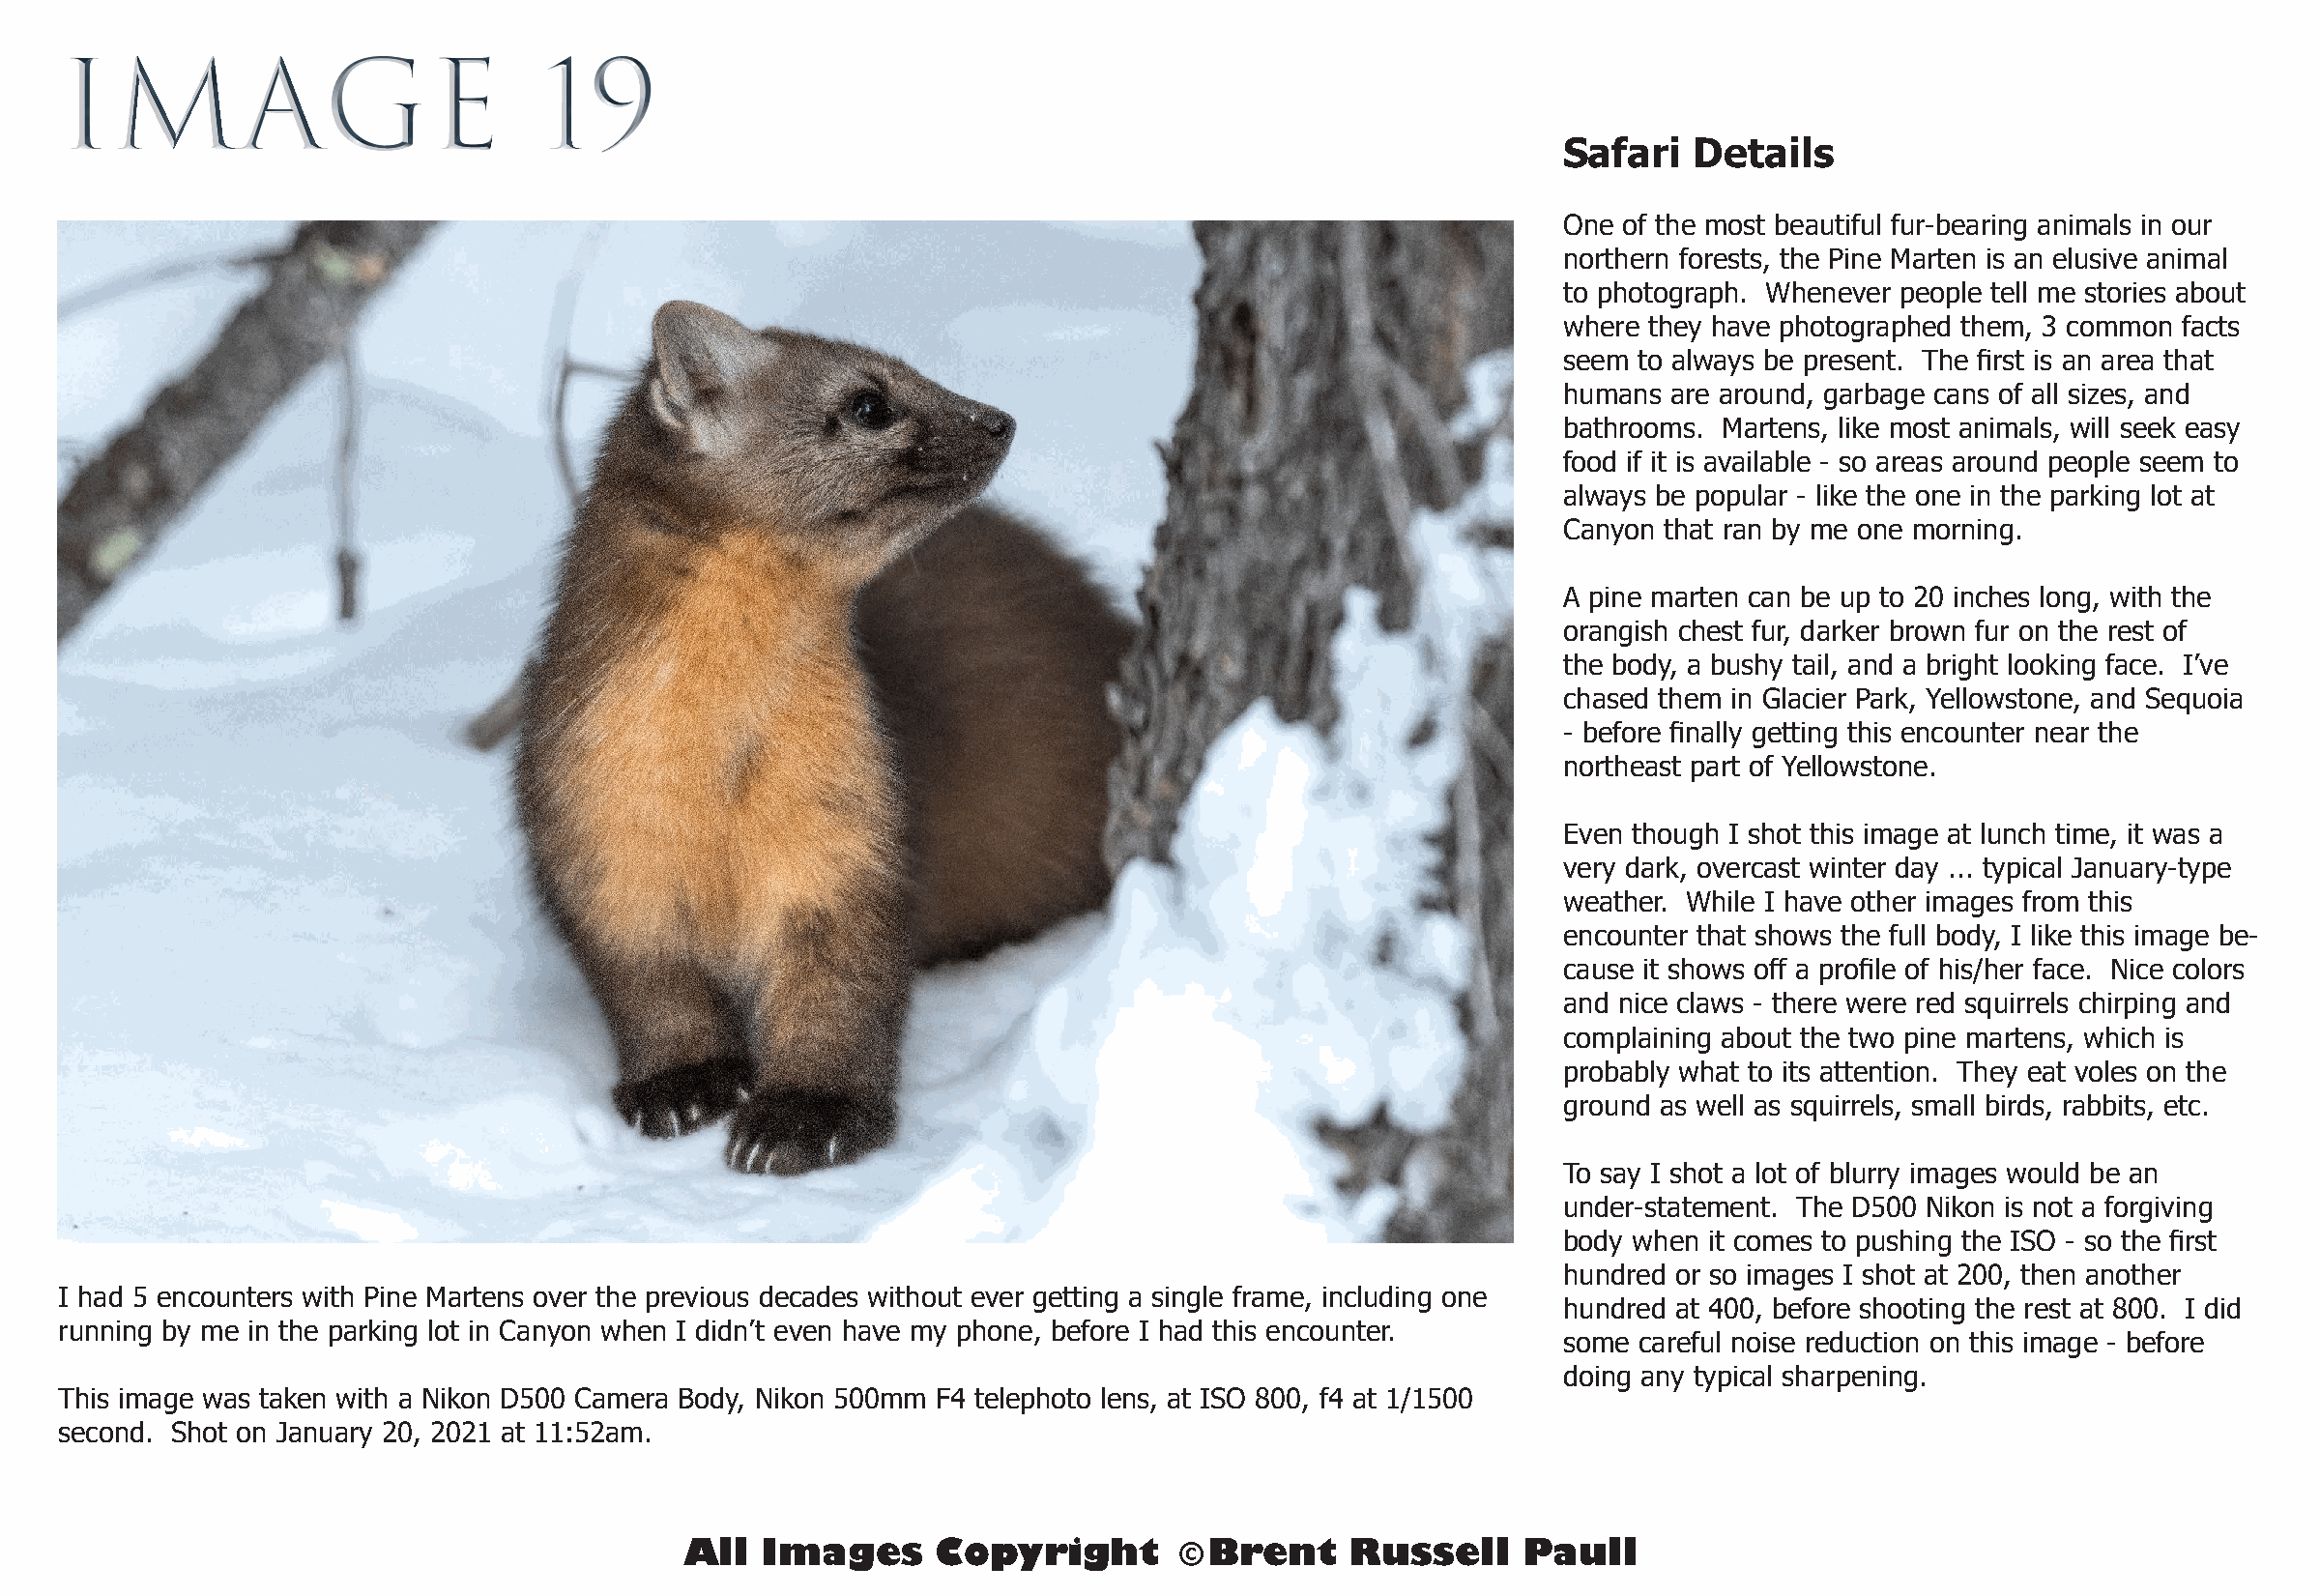
IMAGE                            19
 Safari   Details
 One of the most beautiful fur-bearing animals in our
 northern forests, the Pine Marten is an elusive animal
 to photograph. Whenever people tell me stories about
 where they have photographed them, 3 common facts
 seem to always be present. The first is an area that
 humans are around, garbage cans of all sizes, and
 bathrooms. Martens, like most animals, will seek easy
 food if it is available - so areas around people seem to
 always be popular - like the one in the parking lot at
 Canyon that ran by me one morning.
 A pine marten can be up to 20 inches long, with the
 orangish chest fur, darker brown fur on the rest of
 the body, a bushy tail, and a bright looking face. I’ve
 chased them in Glacier Park, Yellowstone, and Sequoia
 - before finally getting this encounter near the
 northeast part of Yellowstone.
 Even though I shot this image at lunch time, it was a
 very dark, overcast winter day ... typical January-type
 weather. While I have other images from this
 encounter that shows the full body, I like this image be-
 cause it shows off a profile of his/her face. Nice colors
 and nice claws - there were red squirrels chirping and
 complaining about the two pine martens, which is
 probably what to its attention. They eat voles on the
 ground as well as squirrels, small birds, rabbits, etc.
 To say I shot a lot of blurry images would be an
 under-statement. The D500 Nikon is not a forgiving
 body when it comes to pushing the ISO - so the first
 hundred or so images I shot at 200, then another
 I had 5 encounters with Pine Martens over the previous decades without ever getting a single frame, including one
 hundred at 400, before shooting the rest at 800. I did
 running by me in the parking lot in Canyon when I didn’t even have my phone, before I had this encounter.
 some careful noise reduction on this image - before
 doing any typical sharpening.
 This image was taken with a Nikon D500 Camera Body, Nikon 500mm F4 telephoto lens, at ISO 800, f4 at 1/1500
 second. Shot on January 20, 2021 at 11:52am.
 All  Images      Copyright        © Brent    Russell     Paull